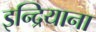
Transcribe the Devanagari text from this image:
इन्द्रियाना